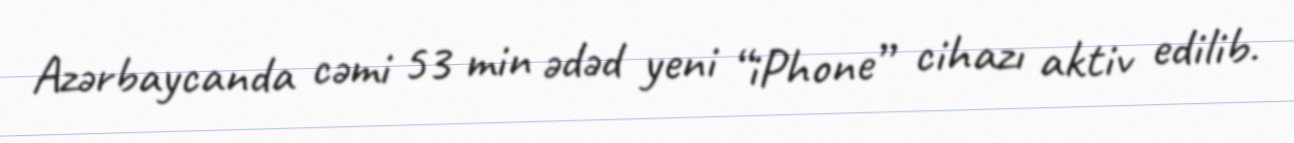
Azərbaycanda cəmi 53 min ədəd yeni “iPhone” cihazı aktiv edilib.